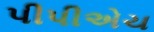
પીપીએચ